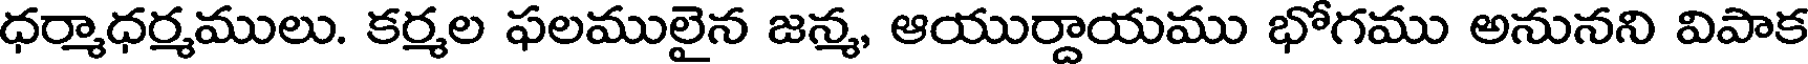
ధర్మాధర్మములు. కర్మల ఫలములైన జన్మ, ఆయుర్దాయము భోగము అనునని విపాక